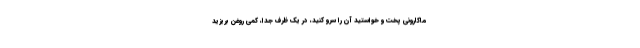
ماکارونی پخت و خواستید آن را سرو کنید، در یک ظرف جدا، کمی روغن بریزید